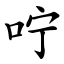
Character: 咛